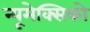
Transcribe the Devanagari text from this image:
न्यूमेक्सिको